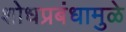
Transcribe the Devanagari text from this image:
शोधप्रबंधामुळे